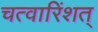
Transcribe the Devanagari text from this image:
चत्वारिंशत्